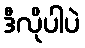
ဒီလိုပါပဲ